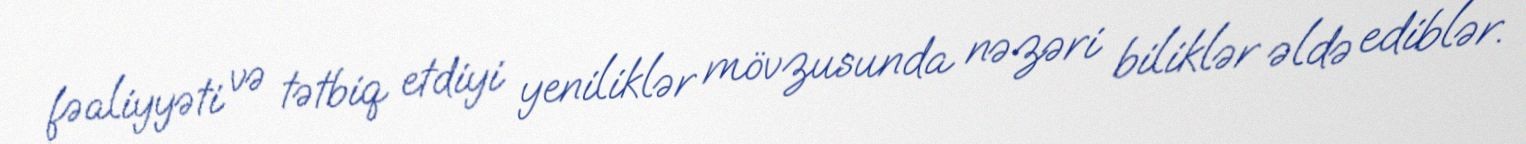
fəaliyyəti və tətbiq etdiyi yeniliklər mövzusunda nəzəri biliklər əldə ediblər.